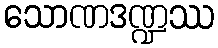
သောဏဒဏ္ဍဿ